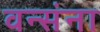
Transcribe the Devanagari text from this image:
वन्संना